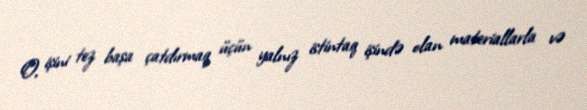
O, işini tez başa çatdırmaq üçün yalnız istintaq işində olan materiallarla və